Civil Veterinary Dept. Bombay admin report 1893-99 - 1893-1899
Year: 1893
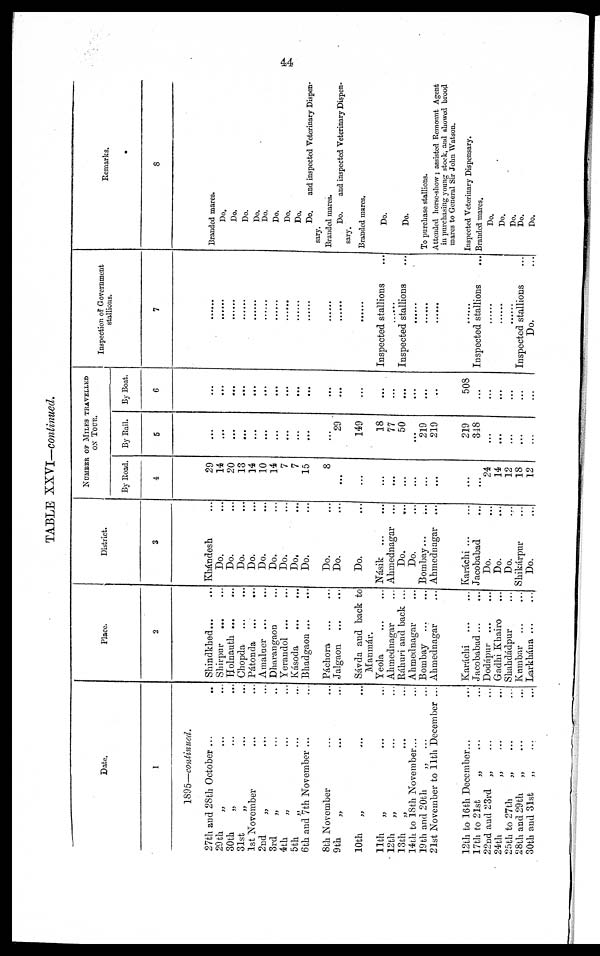
44
TABLE XXVI—continued.
Date.
1
1895—continued.
27th and 28th October ... ..
29th „ ... ...
30th
„ ... ...
31st „ ... ...
1st November ... ...
2nd „ ... ...
3rd
„ ... ...
4th
„ ... ...
5th „ ... ...
6th and 7th November ... ...
8th November ... ...
9th
„ ... ...
10th
„ ... ...
11th
„ ... ...
12th
„ ... ...
13th
„ ... ...
14th to 18th November... ...
19th and 20th
„
... ...
21st November to 11th December ...
12th to 16th December... ...
17th to 21st
„ ... ...
22nd and 23rd „ ... ...
24th „ ... ...
25th to 27th „ ... ...
28th and 29th
„ ... ...
30th and 31st
„ ... ...
Place.
2
Shindkhed...
...
Shirpur ... ...
Holnauth ... ...
Chopda ... ...
Pátonda ... ...
Amalner ... ...
Dharangaon ...
Yerandol ... ...
Kásoda ... ...
Bhadgaon ... ...
Páchora ... ...
Jalgaon ... ...
Sávda and back to
Manmár.
Yeola
...
...
Ahmednagar ...
Ráhuri and back ...
Ahmednagar ...
Bombay ... ...
Ahmednagar ...
Karachi ... ...
Jacobabad ... ...
Dodápur ... ...
Gadhi Khairo ...
Shahdádpur ...
Kumbar ... ...
Larkhána ... ...
District.
3
Khándesh ...
Do. ...
Do. ...
Do. ...
Do. ...
Do. ...
Do. ...
Do. ...
Do, ...
Do. ...
Do. ...
Do. ...
Do. ...
Násik
...
...
Ahmednagar ...
Do. ...
Do. ...
Bombay...
Ahmednagar ...
Karáchi ... ...
Jacobabad ...
Do. ...
Do. ...
Do. ...
Shikárpur ...
Do. ...
NUMBER OF MILES TRAVELLED
ON
TOUR.
By Road.
4
29
14
20
13
14
10
14
7
7
15
8
...
...
...
...
...
...
...
...
...
...
24
14
12
18
12
By Rail.
5
...
...
...
...
...
...
...
...
...
...
...
29
149
18
77
50
...
219
219
219
348
...
...
...
...
...
By Boat.
6
...
...
...
...
...
...
...
...
...
...
...
...
...
...
...
...
...
...
...
508
...
...
...
...
...
...
Inspection of Government
stallions.
7
......
......
......
......
......
......
......
......
......
......
......
......
......
Inspected stallions ...
......
Inspected stallions ...
......
......
......
......
Inspected stallions ...
......
......
......
Inspected stallions ...
Do. ...
Remarks.
8
Branded mares.
Do.
Do.
Do.
Do.
Do.
Do.
Do.
Do.
Do.
and inspected Veterinary Dispen-
sary.
Branded mares.
Do.
and inspected Veterinary Dispen-
sary.
Branded mares.
Do.
Do.
To purchase stallions.
Attended horse-show; assisted Remount Agent
in purchasing young stock, and showed brood
mares to General Sir John Watson.
Inspected Veterinary Dispensary.
Branded mares.
Do.
Do.
Do.
Do.
Do.